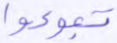
تبوءوا